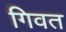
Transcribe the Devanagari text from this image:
गिवत